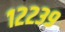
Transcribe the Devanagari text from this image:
१२२३९